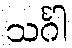
သင်္ဂါ